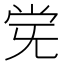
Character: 𫴽